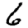
Digit: 6